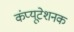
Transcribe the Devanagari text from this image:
कंप्यूटेशनक